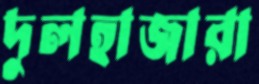
দুলহাজারা